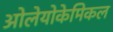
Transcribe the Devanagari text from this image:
ओलेयोकेमिकल